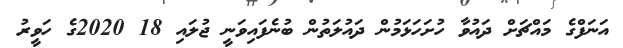
އަނަފްގެ މައްޗަށް ދައުވާ ހުށަހަޅަމުން ދައުލަތުން ބުނެފައިވަނީ ޖުލައި 18 2020ގެ ހަވީރު